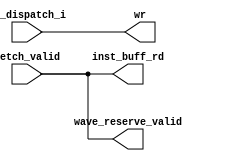
module fetch_controller (
	WF_dispatch_i, 
	fetch_valid, 
	wr, 
	inst_buff_rd, 
	wave_reserve_valid
);

input WF_dispatch_i;
input fetch_valid;

output wr;
output inst_buff_rd;
output wave_reserve_valid;

assign wr = WF_dispatch_i;
assign wave_reserve_valid = fetch_valid;
assign inst_buff_rd = fetch_valid;

endmodule